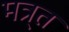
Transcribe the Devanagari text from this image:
मत्र्त